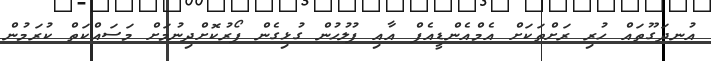
އުނދަގޫތައް ހުރި ރަށްތަކަށް އެމްއެންޑީއެފް އާއި ފުލުހުން ގުޅިގެން ފޯރުކޮށްދިނުމަށް މަސައްކަތް ކުރަމުން